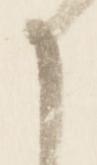
か